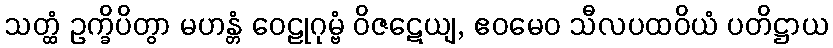
သတ္ထံ ဥက္ခိပိတွာ မဟန္တံ ဝေဠုဂုမ္ဗံ ဝိဇဋေယျ, ဧဝမေဝ သီလပထဝိယံ ပတိဋ္ဌာယ